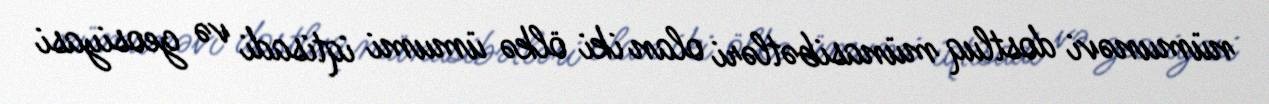
nümunəvi dostluq münasibətləri olan iki ölkə ümumi iqtisadi və geosiyasi